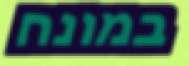
במונח